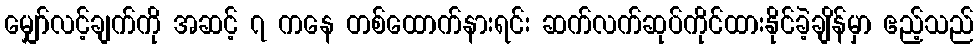
မျှော်လင့်ချက်ကို အဆင့် ၇ ကနေ တစ်ထောက်နားရင်း ဆက်လက်ဆုပ်ကိုင်ထားနိုင်ခဲ့ချိန်မှာ ဧည့်သည်